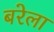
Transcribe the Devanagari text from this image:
बरेला